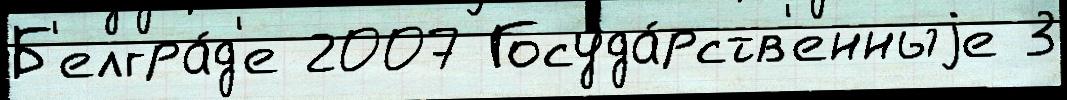
Б'елгра́д'е 2007 Госуда́рств'енныjе 3